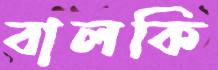
বালকি